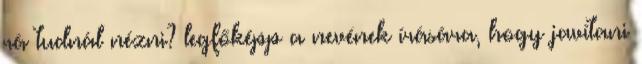
rá tudnál nézni? legfőképp a nevének írására, hogy javítani